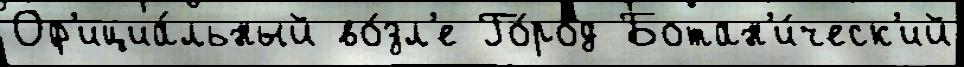
Оф'ициа́льный во́зл'е Го́род Ботан'и́ческ'ий